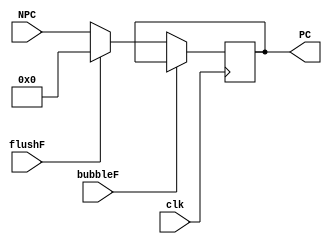
`timescale 1ns / 1ps
//  
    // 
// 
    // clk               
    // NPC               NPC_Generator
// 
    // PC                
//   
    // 


module PC_IF(
    input wire clk, bubbleF, flushF,
    input wire [31:0] NPC,
    output reg [31:0] PC
    );

    initial PC = 0;
    
    always@(posedge clk)
        if (!bubbleF) 
        begin
            if (flushF)
                PC <= 0;
            else 
                PC <= NPC;
        end
    

endmodule